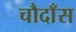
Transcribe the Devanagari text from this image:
चौदाँस